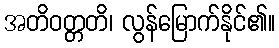
အတိဝတ္တတိ၊ လွန်မြောက်နိုင်၏။